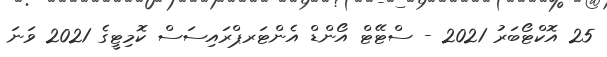
25 އޮކްޓޯބަރު 2021 - ސްޓޭޓް އޯންޑް އެންޓަރޕްރައިސަސް ކޮމިޓީގެ 2021 ވަނަ